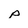
Character: p